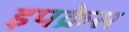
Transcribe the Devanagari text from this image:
इपक्रेस